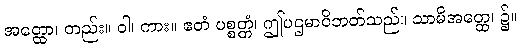
အတ္ထော၊ တည်း။ ဝါ၊ ကား။ ဧတံ ပစ္စတ္တံ၊ ဤပဌမာဝိဘတ်သည်။ သာမိအတ္ထေ၊ ၌။